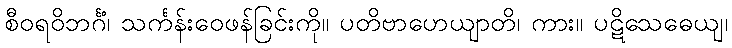
စီဝရဝိဘင်္ဂံ၊ သင်္ကန်းဝေဖန်ခြင်းကို။ ပတိဗာဟေယျာတိ၊ ကား။ ပဋိသေဓေယျ၊